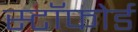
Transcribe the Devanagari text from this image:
स्टॉफोर्ड